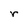
Character: r